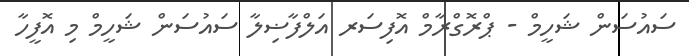
ސައުސަން ޝަހީމް - ޕްރޮގްރާމް އޮފިސަރ އަލްފާޟިލާ ސައުސަން ޝަހީމް މި އޮފީހާ